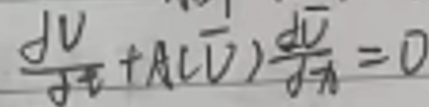
$\frac{dV}{dt}+A(\overline{V})\frac{d\overline{V}}{dt}=0$